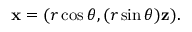
\mathbf { x } = ( r \cos \theta , ( r \sin \theta ) \mathbf { z } ) .